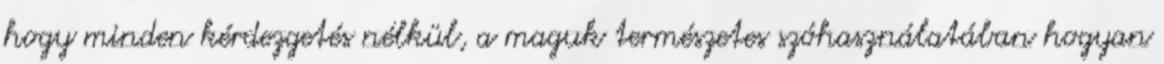
hogy minden kérdezgetés nélkül, a maguk természetes szóhasználatában hogyan